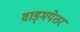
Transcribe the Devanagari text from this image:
वाड्मयेतर